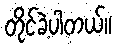
တိုင်ခဲ့ပါတယ်။